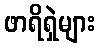
ဖာရိရှဲများ